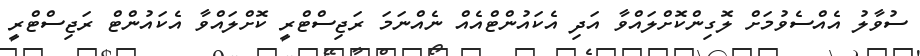
ސުވާލު އެއްސެވުމަށް ލޮގިންކޮށްލައްވާ އަދި އެކައުންޓްއެއް ނެއްނަމަ ރަޖިސްޓްރީ ކޮށްލައްވާ އެކައުންޓް ރަޖިސްޓްރީ